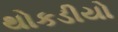
થોકડીયો